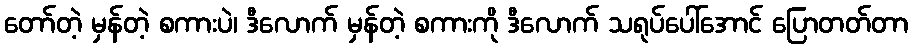
တော်တဲ့ မှန်တဲ့ စကားပဲ၊ ဒီလောက် မှန်တဲ့ စကားကို ဒီလောက် သရုပ်ပေါ်အောင် ပြောတတ်တာ